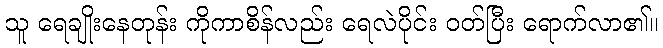
သူ ရေချိုးနေတုန်း ကိုကာစိန်လည်း ရေလဲပိုင်း ဝတ်ပြီး ရောက်လာ၏။